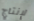
لإنتاج